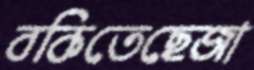
বকিতেছেজা